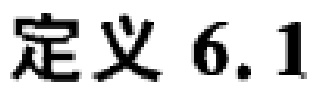
定义 6.1